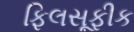
ફિલસૂફીક